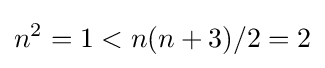
n^{2}=1<n(n+3)/2=2